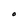
Character: O